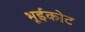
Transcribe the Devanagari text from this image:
भूईकोट